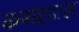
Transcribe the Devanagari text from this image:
कनाराएस